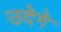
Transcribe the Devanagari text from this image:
उदेगे